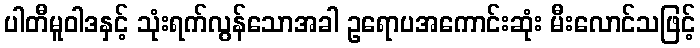
ပါတီမူဝါဒနှင့် သုံးရက်လွန်သောအခါ ဥရောပအကောင်းဆုံး မီးလောင်သဖြင့်